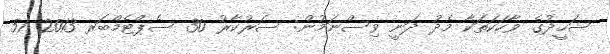
ޝަހީދުގެ ވާހަކަތަކާ މެދު ދަނީ ވިސްނަމުން: ސަރުކާރު 30 ސެޕްޓެމްބަރ 2013 51